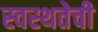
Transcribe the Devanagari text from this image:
स्वस्थतेची